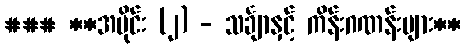
### **အပိုင်း (၂) - သင်္ချာနှင့် ကိန်းဂဏန်းများ**